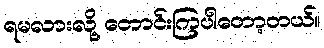
ရမလားလို့ တောင်းကြပါတော့တယ်။